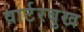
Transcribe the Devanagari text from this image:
वार्टरबुख